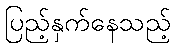
ပြည့်နှက်နေသည့်